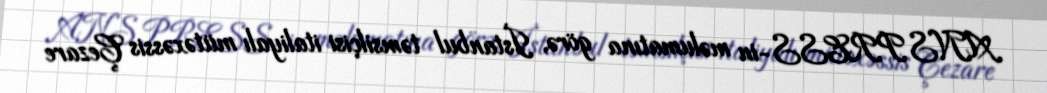
ANS PRESS-in məlumatına görə, İstanbul təmsilçisi italiyalı mütəxəssis Çezare